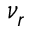
\nu _ { r }